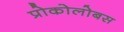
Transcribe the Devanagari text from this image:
प्रोकोलोबस